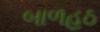
બાળહઠ